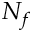
N _ { f }